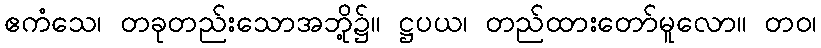
ဧကံသေ၊ တခုတည်းသောအဘို့၌။ ဋ္ဌပယ၊ တည်ထားတော်မူလော။ တဝ၊